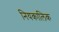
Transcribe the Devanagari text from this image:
नियकालिक